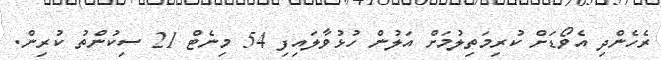
ރެހެންދި އެވޯޑަށް ކުރިމަތިލުމަށް އަލުން ހުޅުވާލައިފި 54 މިނެޓް 21 ސިކުންތު ކުރިން.